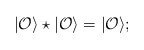
\begin{align*}|{\cal O}\rangle\star|{\cal O}\rangle=|{\cal O}\rangle;\end{align*}